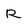
Character: R